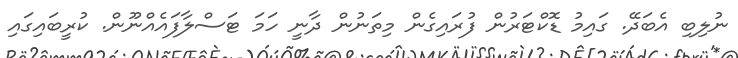
ނުލިބި އެބަދޭ. ގައިމު ޑޮކްޓަރުން ފުރައިގެން މިތަނުން ދާނީ ހަމަ ޓަސްލާފައެއްނޫން. ކުރީބައިގައި